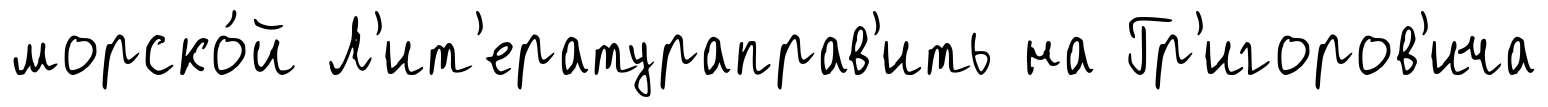
морско́й Л'ит'ератураправ'ить на Гр'игоров'ича